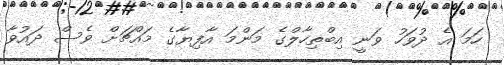
ހަމަ އެ ދުވަހު ވަނީ އިބްތިހާލްގެ މަންމަ އާފިޔާގެ މައްޗަށް ވެސް ދައުވާ